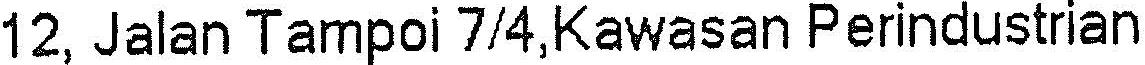
12, JALAN TAMPOI 7/4,KAWASAN PERINDUSTRIAN